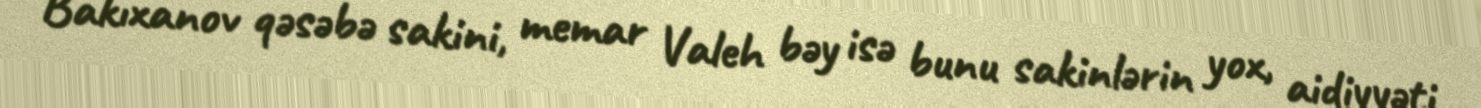
Bakıxanov qəsəbə sakini, memar Valeh bəy isə bunu sakinlərin yox, aidiyyəti